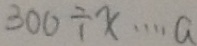
3 0 0 \div x \cdots a